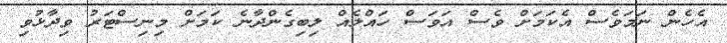
އެހެން ނަމަވެސް އެކަމަށް ވެސް އަވަސް ހައްލެއް ލިބިގެންދާނެ ކަމަށް މިނިސްޓަރު ވިދާޅުވި